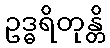
ဥဒ္ဓရိတုန္တိ